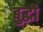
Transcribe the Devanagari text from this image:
बुद्धौ